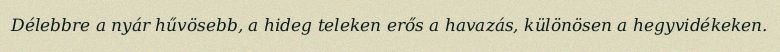
Délebbre a nyár hűvösebb, a hideg teleken erős a havazás, különösen a hegyvidékeken.